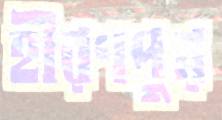
হীরণপুর